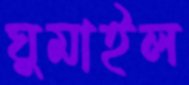
ঘুমাইল